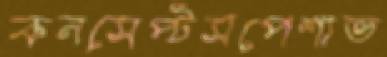
কনসেপ্টসপেশাভ